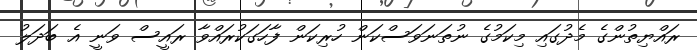
ރައްޔިތުންގެ މެދުގައި މިކަމުގެ ނުތަނަވަސްކަން ހުރިކަން ފާހަގަކުރައްވާ ރައީސް ވަނީ އެ ބަދަލު